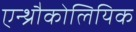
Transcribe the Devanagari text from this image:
एन्थ्रौकोलियिक